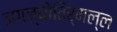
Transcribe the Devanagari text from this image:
जगज्योतिर्मल्ल